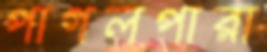
পাগলপারা